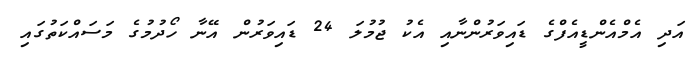
އަދި އެމްއެންޑީއެފްގެ ޑައިވަރުންނާއި އެކު ޖުމުލަ 24 ޑައިވަރުން އޭނާ ހޯދުމުގެ މަސައްކަތުގައި